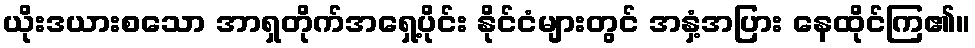
ယိုးဒယားစသော အာရှတိုက်အရှေ့ပိုင်း နိုင်ငံများတွင် အနှံ့အပြား နေထိုင်ကြ၏။